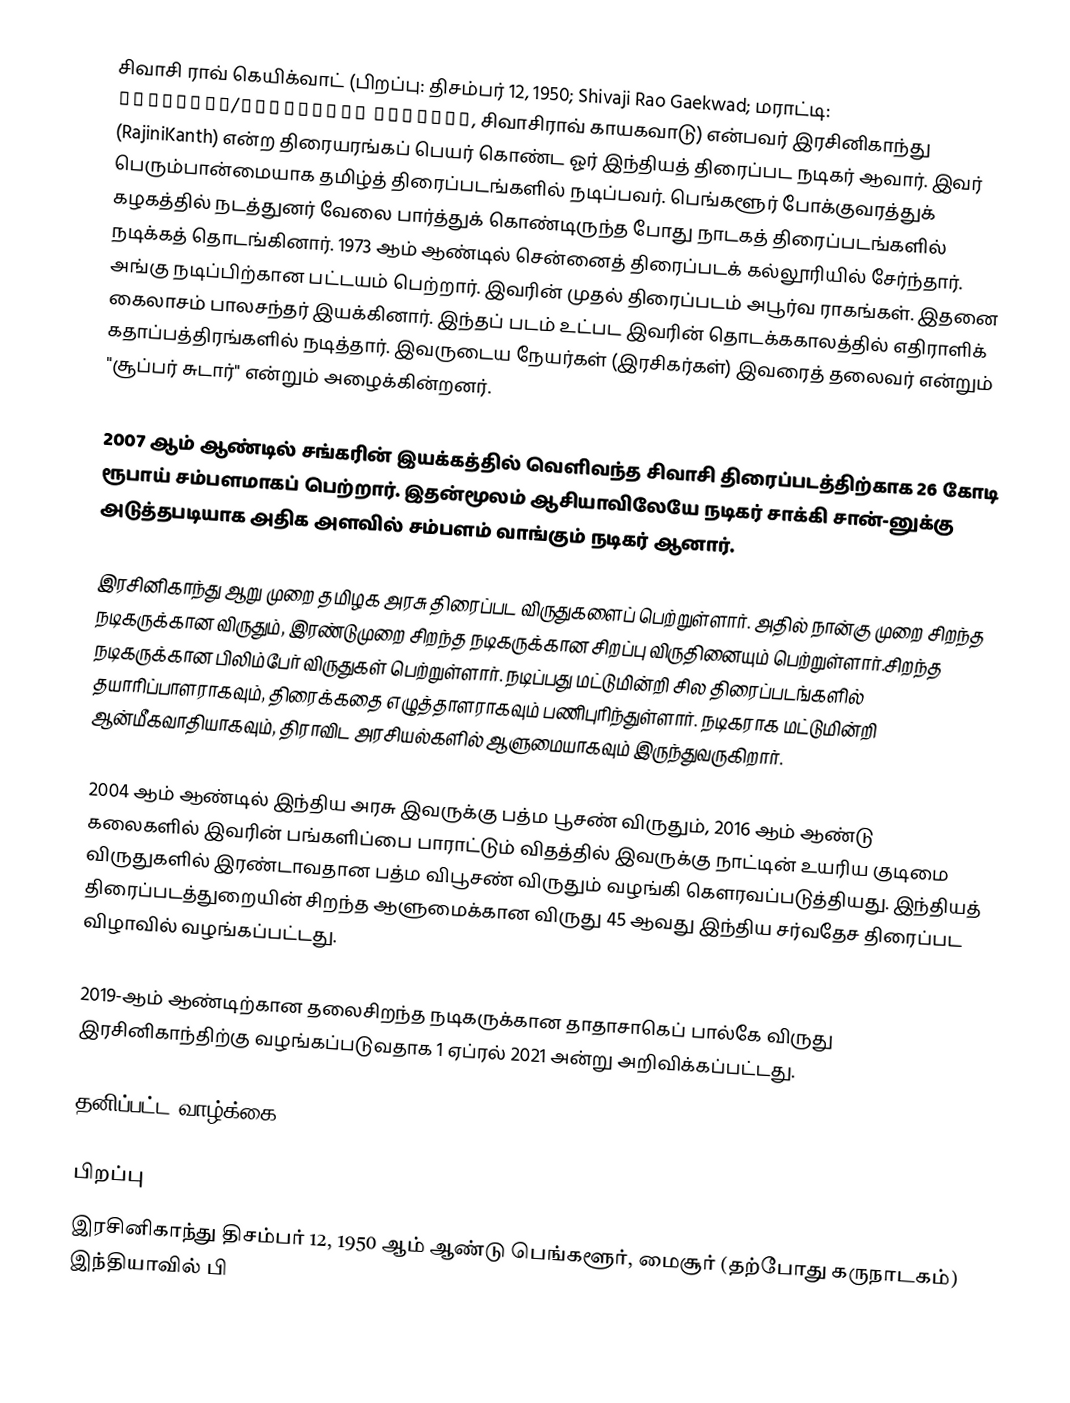
சிவாசி ராவ் கெயிக்வாட் (பிறப்பு: திசம்பர் 12, 1950; Shivaji Rao Gaekwad; மராட்டி: रजनीकांत/शिवाजीराव गायकवाड, சிவாசிராவ் காயகவாடு) என்பவர் இரசினிகாந்து (RajiniKanth) என்ற திரையரங்கப் பெயர் கொண்ட ஓர் இந்தியத் திரைப்பட நடிகர் ஆவார். இவர் பெரும்பான்மையாக தமிழ்த் திரைப்படங்களில் நடிப்பவர். பெங்களூர் போக்குவரத்துக் கழகத்தில் நடத்துனர் வேலை பார்த்துக் கொண்டிருந்த  போது நாடகத் திரைப்படங்களில் நடிக்கத் தொடங்கினார். 1973 ஆம் ஆண்டில் சென்னைத் திரைப்படக் கல்லூரியில்  சேர்ந்தார். அங்கு நடிப்பிற்கான பட்டயம் பெற்றார். இவரின் முதல் திரைப்படம் அபூர்வ ராகங்கள். இதனை கைலாசம் பாலசந்தர் இயக்கினார். இந்தப் படம் உட்பட இவரின் தொடக்ககாலத்தில் எதிராளிக் கதாப்பத்திரங்களில் நடித்தார். இவருடைய  நேயர்கள் (இரசிகர்கள்) இவரைத் தலைவர் என்றும் "சூப்பர் சுடார்" என்றும் அழைக்கின்றனர்.

2007 ஆம் ஆண்டில் சங்கரின் இயக்கத்தில் வெளிவந்த சிவாசி திரைப்படத்திற்காக 26 கோடி ரூபாய் சம்பளமாகப் பெற்றார். இதன்மூலம் ஆசியாவிலேயே நடிகர் சாக்கி சான்-னுக்கு அடுத்தபடியாக அதிக அளவில் சம்பளம் வாங்கும் நடிகர் ஆனார்.

இரசினிகாந்து ஆறு முறை தமிழக அரசு திரைப்பட விருதுகளைப் பெற்றுள்ளார். அதில் நான்கு முறை சிறந்த நடிகருக்கான விருதும், இரண்டுமுறை சிறந்த நடிகருக்கான சிறப்பு விருதினையும் பெற்றுள்ளார்.சிறந்த நடிகருக்கான பிலிம்பேர் விருதுகள் பெற்றுள்ளார். நடிப்பது மட்டுமின்றி சில திரைப்படங்களில் தயாரிப்பாளராகவும், திரைக்கதை எழுத்தாளராகவும் பணிபுரிந்துள்ளார். நடிகராக மட்டுமின்றி ஆன்மீகவாதியாகவும், திராவிட அரசியல்களில் ஆளுமையாகவும் இருந்துவருகிறார்.

2004 ஆம் ஆண்டில் இந்திய அரசு இவருக்கு பத்ம பூசண் விருதும், 2016 ஆம் ஆண்டு  கலைகளில் இவரின் பங்களிப்பை பாராட்டும் விதத்தில் இவருக்கு நாட்டின் உயரிய குடிமை விருதுகளில் இரண்டாவதான பத்ம விபூசண் விருதும் வழங்கி கௌரவப்படுத்தியது. இந்தியத் திரைப்படத்துறையின் சிறந்த ஆளுமைக்கான விருது 45 ஆவது  இந்திய சர்வதேச திரைப்பட விழாவில் வழங்கப்பட்டது.

2019-ஆம் ஆண்டிற்கான தலைசிறந்த நடிகருக்கான தாதாசாகெப் பால்கே விருது இரசினிகாந்திற்கு வழங்கப்படுவதாக 1 ஏப்ரல் 2021 அன்று அறிவிக்கப்பட்டது.

தனிப்பட்ட வாழ்க்கை

பிறப்பு
இரசினிகாந்து  திசம்பர் 12, 1950 ஆம் ஆண்டு பெங்களூர், மைசூர் (தற்போது கருநாடகம்) இந்தியாவில் பி